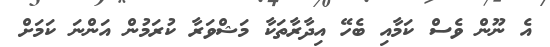
އެ ނޫން ވެސް ކަމާއި ބެހޭ އިދާރާތަކާ މަޝްވަރާ ކުރަމުން އަންނަ ކަމަށް